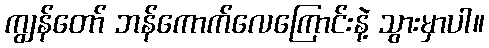
ကျွန်တော် ဘန်ကောက်လေကြောင်းနဲ့ သွားမှာပါ။